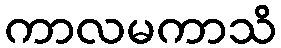
ကာလမကာသိ